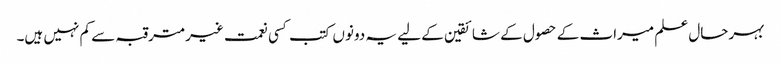
بہرحال علم میراث کے حصول کے شائقین کے لیے یہ دونوں کتب کسی نعمت غیرمترقبہ سے کم نہیں ہیں۔